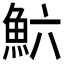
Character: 𲌲